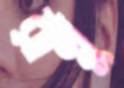
রান্নু